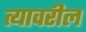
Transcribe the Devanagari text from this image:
त्‍यावरील